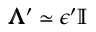
\pmb { \Lambda } ^ { \prime } \simeq \epsilon ^ { \prime } \mathbb { I }